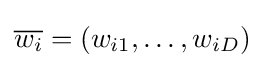
{\overline {w_{i}}}=(w_{i1},\ldots ,w_{iD})